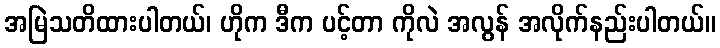
အမြဲသတိထားပါတယ်၊ ဟိုက ဒီက ပင့်တာ ကိုလဲ အလွန် အလိုက်နည်းပါတယ်။